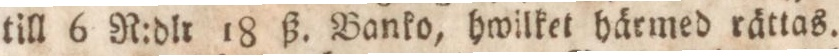
till 6 R:dlr 18 ß. Banko, hwilket härmed rättas.